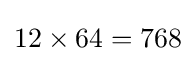
12\times 64=768